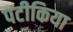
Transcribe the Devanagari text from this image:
पटीकिया